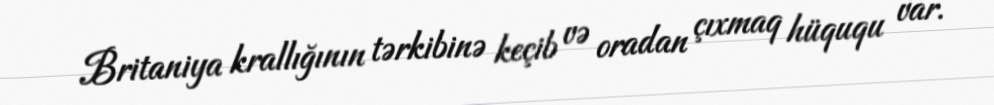
Britaniya krallığının tərkibinə keçib və oradan çıxmaq hüququ var.